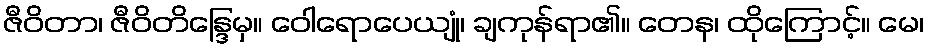
ဇီဝိတာ၊ ဇီဝိတိန္ဒြေမှ။ ဝေါရောပေယျုံ၊ ချကုန်ရာ၏။ တေန၊ ထိုကြောင့်။ မေ၊